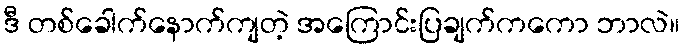
ဒီ တစ်ခေါက်နောက်ကျတဲ့ အကြောင်းပြချက်ကကော ဘာလဲ။